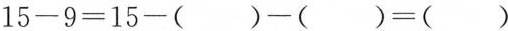
$$1 5 - 9 = 1 5 - ( ) - ( ) = ( )$$